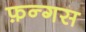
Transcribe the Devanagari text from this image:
फ़न्गस